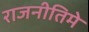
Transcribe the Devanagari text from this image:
राजनीतिमे